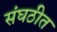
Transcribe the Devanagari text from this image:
संघठीत